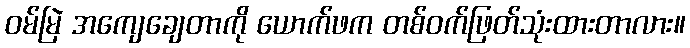
ဝမ်မြဲ အကျေချေတာကို ယောက်ဖက တစ်ဝက်ဖြတ်သုံးထားတာလား။